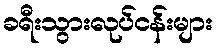
ခရီးသွားလုပ်ငန်းများ